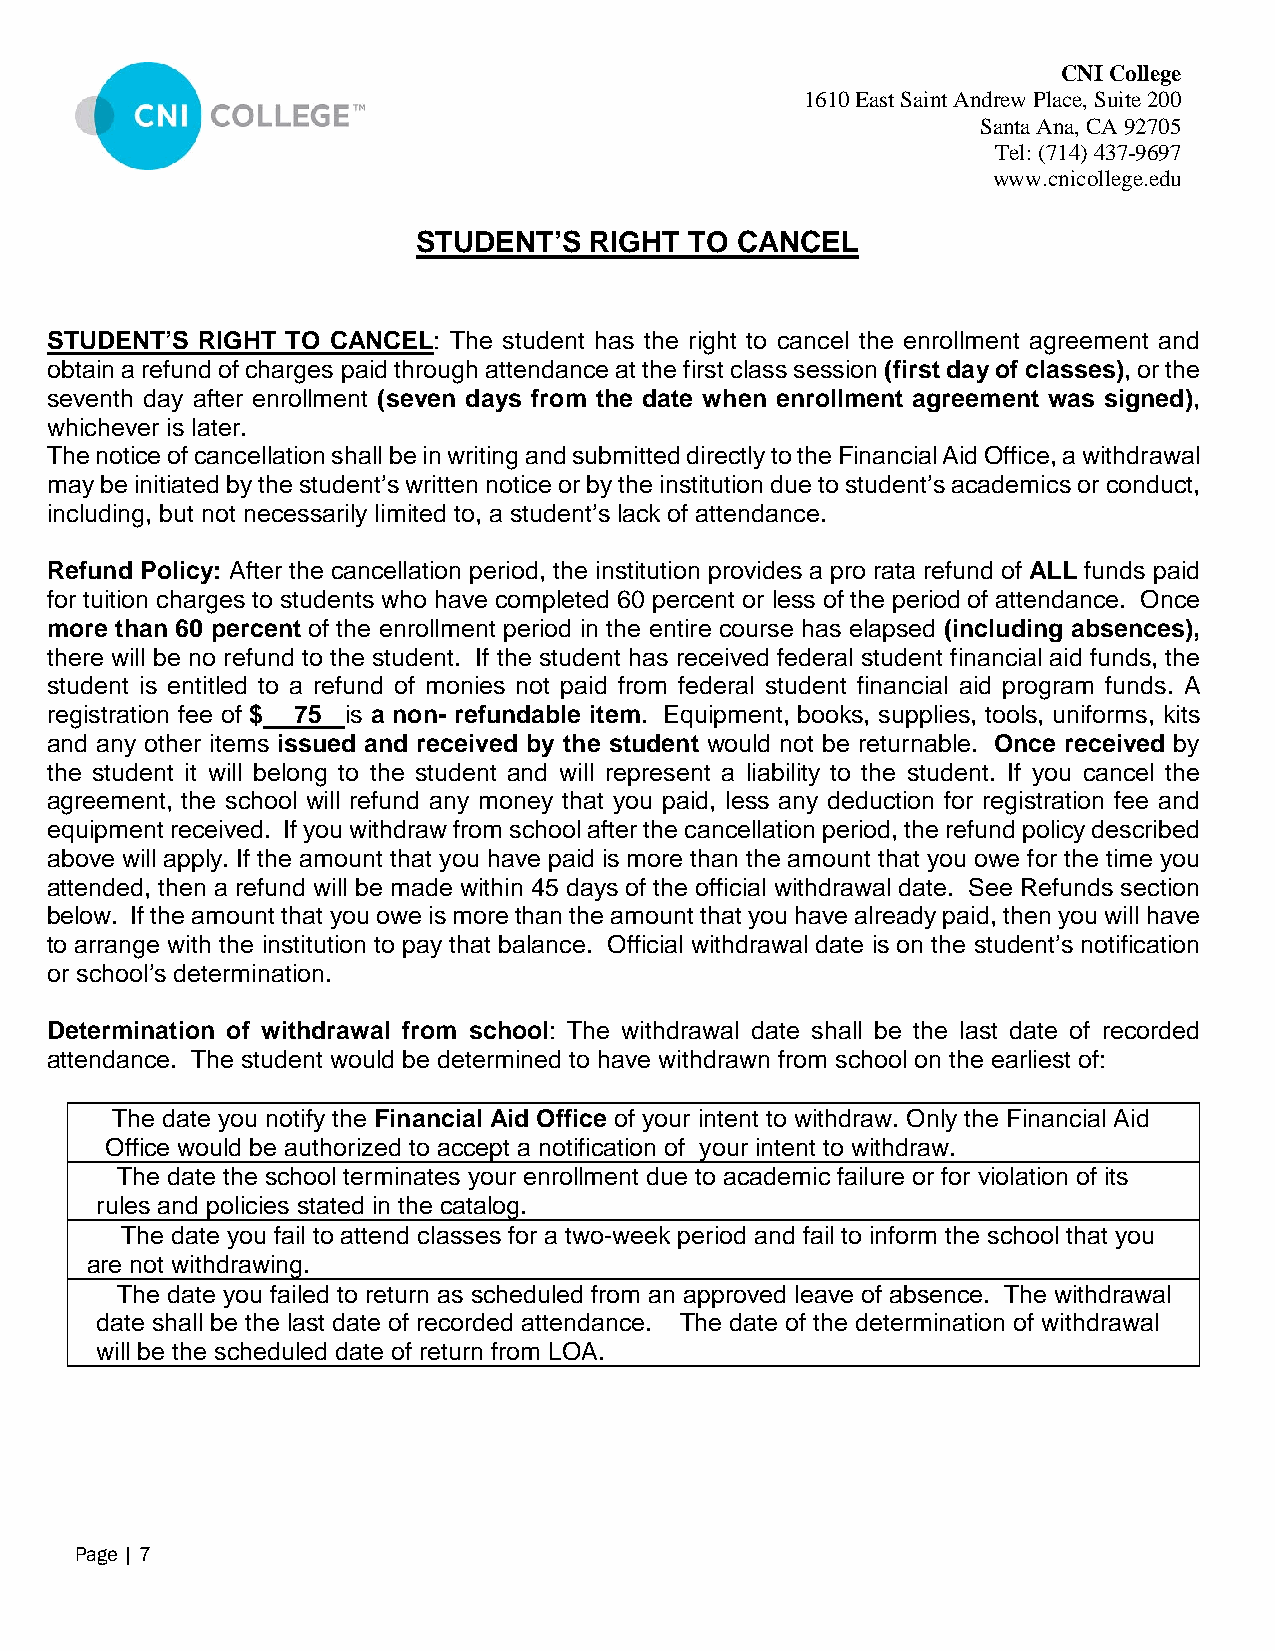
CNI College
 1610 East Saint Andrew Place, Suite 200
 Santa Ana, CA 92705
 Tel: (714) 437-9697
 www.cnicollege.edu
 STUDENT’S  RIGHT  TO CANCEL
 STUDENT’S RIGHT TO CANCEL: The student has the right to cancel the enrollment agreement and
 obtain a refund of charges paid through attendance at the first class session (first day of classes), or the
 seventh day after enrollment (seven days from the date when enrollment agreement was signed),
 whichever is later.
 The notice of cancellation shall be in writing and submitted directly to the Financial Aid Office, a withdrawal
 may be initiated by the student’s written notice or by the institution due to student’s academics or conduct,
 including, but not necessarily limited to, a student’s lack of attendance.
 Refund Policy: After the cancellation period, the institution provides a pro rata refund of ALL funds paid
 for tuition charges to students who have completed 60 percent or less of the period of attendance. Once
 more than 60 percent of the enrollment period in the entire course has elapsed (including absences),
 there will be no refund to the student. If the student has received federal student financial aid funds, the
 student is entitled to a refund of monies not paid from federal student financial aid program funds. A
 registration fee of $ 75 is a non- refundable item. Equipment, books, supplies, tools, uniforms, kits
 and any other items issued and received by the student would not be returnable. Once received by
 the student it will belong to the student and will represent a liability to the student. If you cancel the
 agreement, the school will refund any money that you paid, less any deduction for registration fee and
 equipment received. If you withdraw from school after the cancellation period, the refund policy described
 above will apply. If the amount that you have paid is more than the amount that you owe for the time you
 attended, then a refund will be made within 45 days of the official withdrawal date. See Refunds section
 below. If the amount that you owe is more than the amount that you have already paid, then you will have
 to arrange with the institution to pay that balance. Official withdrawal date is on the student’s notification
 or school’s determination.
 Determination of withdrawal from school: The withdrawal date shall be the last date of recorded
 attendance. The student would be determined to have withdrawn from school on the earliest of:
 The date you notify the Financial Aid Office of your intent to withdraw. Only the Financial Aid
 Office would be authorized to accept a notification of your intent to withdraw.
 The date the school terminates your enrollment due to academic failure or for violation of its
 rules and policies stated in the catalog.
 The date you fail to attend classes for a two-week period and fail to inform the school that you
 are not withdrawing.
 The date you failed to return as scheduled from an approved leave of absence. The withdrawal
 date shall be the last date of recorded attendance. The date of the determination of withdrawal
 will be the scheduled date of return from LOA.
 Page | 7